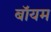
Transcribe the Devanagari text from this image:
बॉयम